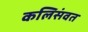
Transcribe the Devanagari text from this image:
कलिसंवत